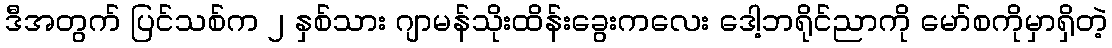
ဒီအတွက် ပြင်သစ်က ၂ နှစ်သား ဂျာမန်သိုးထိန်းခွေးကလေး ဒေါ့ဘရိုင်ညာကို မော်စကိုမှာရှိတဲ့